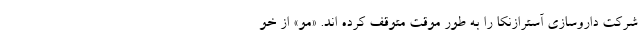
شرکت داروسازی آسترازنکا را به طور موقت متوقف کرده اند. «مو» از خو